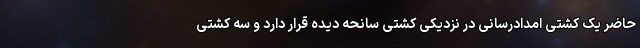
حاضر یک کشتی امدادرسانی در نزدیکی کشتی سانحه دیده قرار دارد و سه کشتی